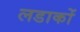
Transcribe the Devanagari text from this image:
लडाकों